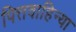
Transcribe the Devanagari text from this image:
पित्तवाहिन्या